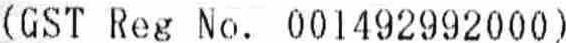
(GST REG NO. 001492992000)